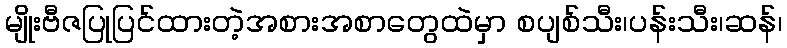
မျိုးဗီဇပြုပြင်ထားတဲ့အစားအစာတွေထဲမှာ စပျစ်သီး၊ပန်းသီး၊ဆန်၊